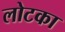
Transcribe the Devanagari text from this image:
लोटका